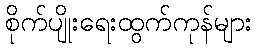
စိုက်ပျိုးရေးထွက်ကုန်များ